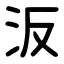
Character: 汳